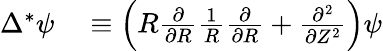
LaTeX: \begin{array}{rl}{\Delta^{*}\psi}&{{}\equiv\left(R\frac{\partial}{\partial R}\frac{1}{R}\frac{\partial}{\partial R}+\frac{\partial^{2}}{\partial Z^{2}}\right)\psi}\end{array}